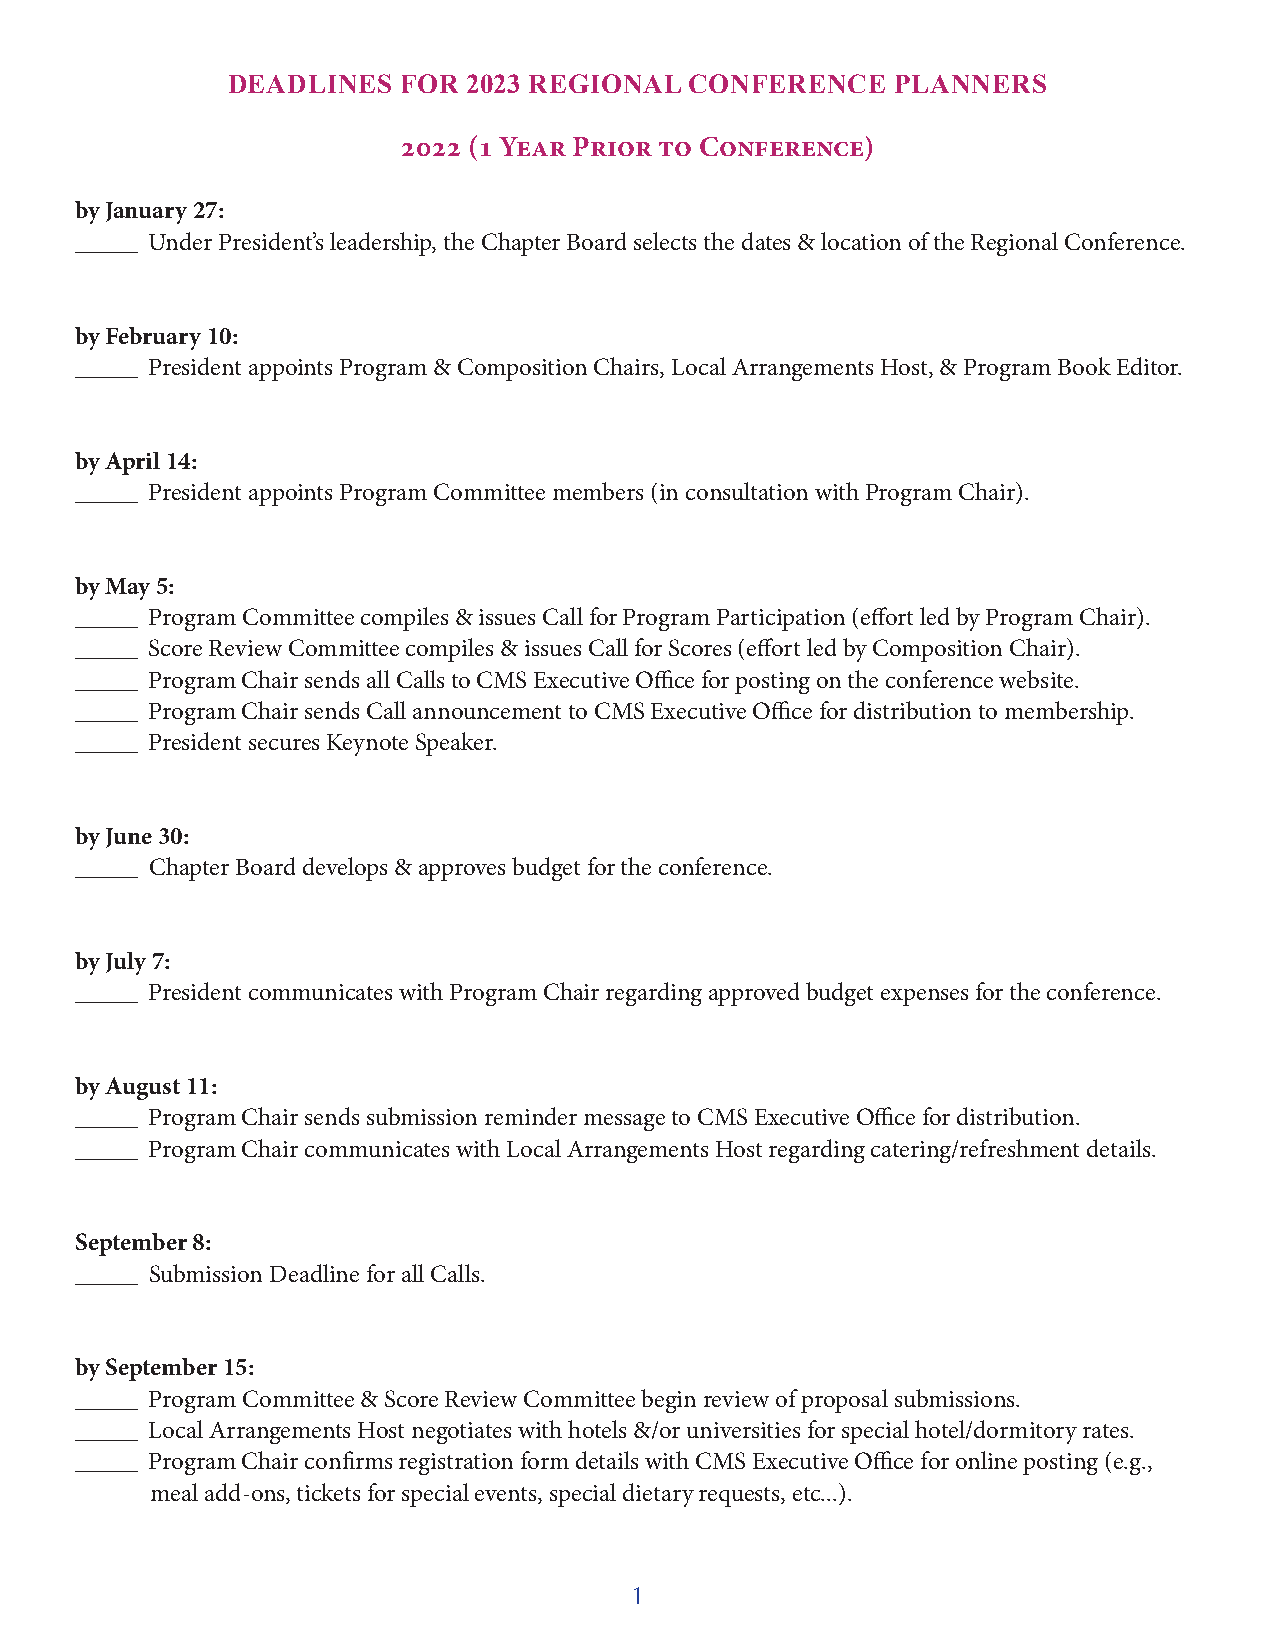
DEADLINES   FOR 2023 REGIONAL  CONFERENCE   PLANNERS
 2022 (1 Year Prior to Conference)
 by January 27:
 _____ Under President’s leadership, the Chapter Board selects the dates & location of the Regional Conference.
 by February 10:
 _____ President appoints Program & Composition Chairs, Local Arrangements Host, & Program Book Editor.
 by April 14:
 _____ President appoints Program Committee members (in consultation with Program Chair).
 by May 5:
 _____ Program Committee compiles & issues Call for Program Participation (effort led by Program Chair).
 _____ Score Review Committee compiles & issues Call for Scores (effort led by Composition Chair).
 _____ Program Chair sends all Calls to CMS Executive Office for posting on the conference website.
 _____ Program Chair sends Call announcement to CMS Executive Office for distribution to membership.
 _____ President secures Keynote Speaker.
 by June 30:
 _____ Chapter Board develops & approves budget for the conference.
 by July 7:
 _____ President communicates with Program Chair regarding approved budget expenses for the conference.
 by August 11:
 _____ Program Chair sends submission reminder message to CMS Executive Office for distribution.
 _____ Program Chair communicates with Local Arrangements Host regarding catering/refreshment details.
 September 8:
 _____ Submission Deadline for all Calls.
 by September 15:
 _____ Program Committee & Score Review Committee begin review of proposal submissions.
 _____ Local Arrangements Host negotiates with hotels &/or universities for special hotel/dormitory rates.
 _____ Program Chair confirms registration form details with CMS Executive Office for online posting (e.g.,
 meal add-ons, tickets for special events, special dietary requests, etc...).
 1